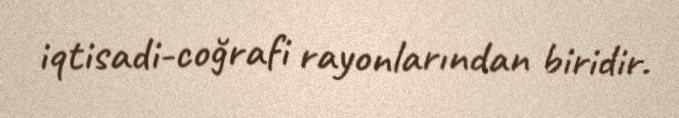
iqtisadi-coğrafi rayonlarından biridir.